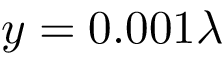
y = 0 . 0 0 1 \lambda